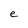
Character: e